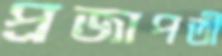
প্রজাপতী